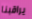
يراقبنا